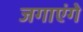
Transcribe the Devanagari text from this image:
जगाएंगे